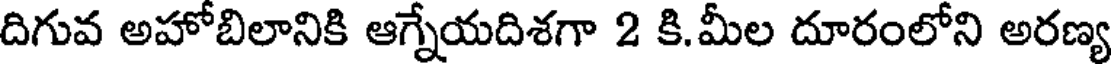
దిగువ అహోబిలానికి ఆగ్నేయదిశగా 2 కి.మీల దూరంలోని అరణ్య